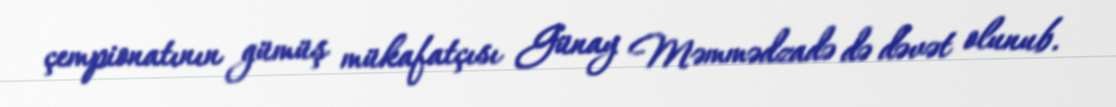
çempionatının gümüş mükafatçısı Günay Məmmədzadə də dəvət olunub.